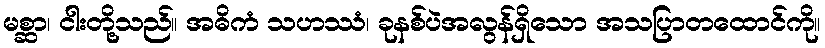
မစ္ဆာ၊ ငါးတို့သည်။ အဓိကံ သဟဿံ၊ ခုနစ်ပဲအလွန်ရှိသော အသပြာတထောင်ကို။